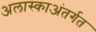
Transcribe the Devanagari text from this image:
अलास्काअंतर्गत